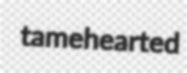
tamehearted